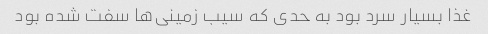
غذا بسیار سرد بود به حدی که سیب زمینی‌ها سفت شده بود